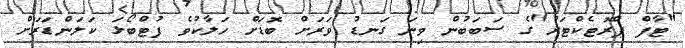
"ޓާފް ޕްރޮޓެކްޓަރު"ގެ ސަބަބުން ވިނަ ގަނޑު ވަރަށް ބޮޑަށް ހަލާކުވެ ފުޓްބޯޅަ ކަލަންޑަރަށް